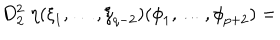
D _ { 2 } ^ { 2 } \; \eta ( { \xi } _ { 1 } , \ldots , { \xi } _ { q - 2 } ) ( { \phi } _ { 1 } , \ldots , { \phi } _ { p + 2 } ) =